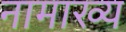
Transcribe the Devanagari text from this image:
नामाख्य